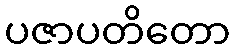
ပဇာပတိတော